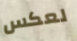
لعكس